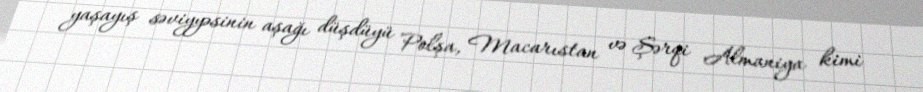
yaşayış səviyyəsinin aşağı düşdüyü Polşa, Macarıstan və Şərqi Almaniya kimi